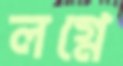
লগ্নে